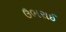
ઉભરાઈ